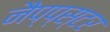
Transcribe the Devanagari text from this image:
नैप्प्स्टर